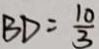
B D = \frac { 1 0 } { 3 }